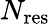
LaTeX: N_{\mathrm{res}}